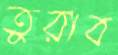
তুরাব